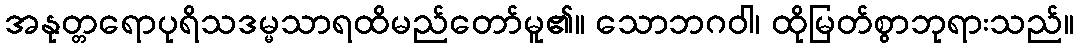
အနုတ္တရောပုရိသဒမ္မသာရထိမည်တော်မူ၏။ သောဘဂဝါ၊ ထိုမြတ်စွာဘုရားသည်။